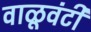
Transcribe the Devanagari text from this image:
वाळूवंटी